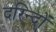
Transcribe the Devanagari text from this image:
दरिन्‍दों